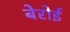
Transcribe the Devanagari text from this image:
बेरोई